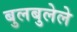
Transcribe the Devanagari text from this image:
बुलबुलेले